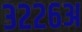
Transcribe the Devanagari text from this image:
३२२६अ